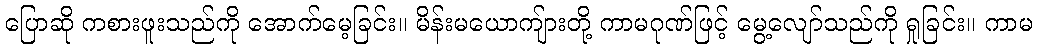
ပြောဆို ကစားဖူးသည်ကို အောက်မေ့ခြင်း။ မိန်းမယောကျ်ားတို့ ကာမဂုဏ်ဖြင့် မွေ့လျော်သည်ကို ရှုခြင်း။ ကာမ